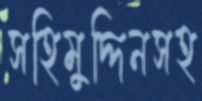
সহিমুদ্দিনসহ